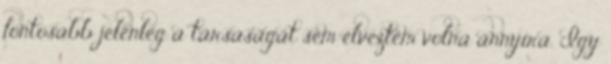
fontosabb jelenleg a társaságát sem élveztem volna annyira. Így